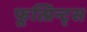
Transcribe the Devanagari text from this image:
फूत्प्रिन्ट्स